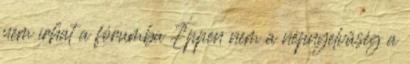
nem írhat a fórumba Éppen nem a népnyelvűség a